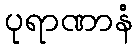
ပုရာဏာနံ